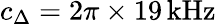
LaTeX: c_{\Delta}=2\pi\times 19\, \mathrm{kHz}